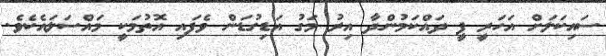
ސައިކަލަށް އަހަރީ ފީ ދައްކަމުންދާ އިރު މަގު އަޑިގުޑަން ވެފައި އޮތުމަކީ މައްސަލައެކެވެ.